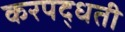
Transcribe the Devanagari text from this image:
करपद्धती